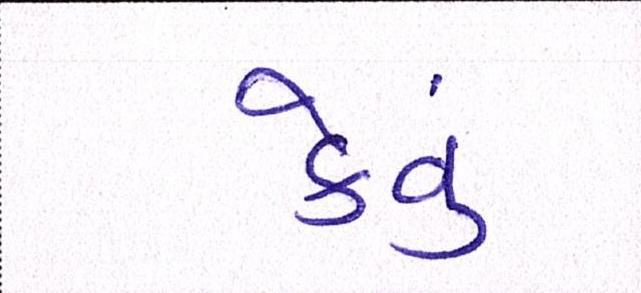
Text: કેવું